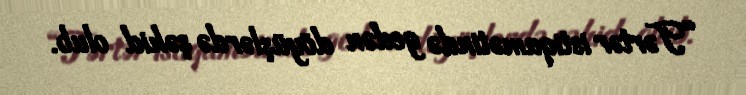
“Tərtər istiqamətində gedən döyüşlərdə şəhid olub.